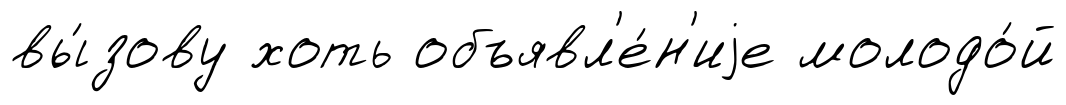
вы́зову хоть объявл'е́н'иjе молодо́й